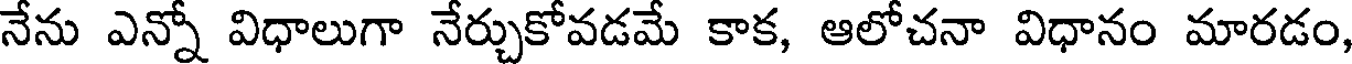
నేను ఎన్నో విధాలుగా నేర్చుకోవడమే కాక, ఆలోచనా విధానం మారడం,